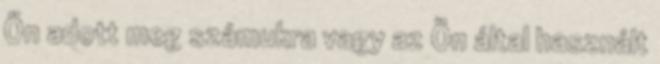
Ön adott meg számukra vagy az Ön által használt